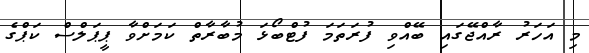
މި އަހަރު ރާއްޖޭގައި ބޭއްވި ފުރަތަމަ ފުޓްބޯޅަ މުބާރާތް ކަމަށްވާ ޕީޕަލްސް ކަޕްގެ